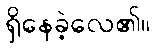
ရှိနေခဲ့လေ၏။